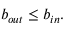
b _ { o u t } \le b _ { i n } .